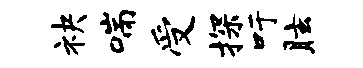
袂喘受探吁眩